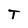
Character: T